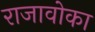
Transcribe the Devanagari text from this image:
राजावोका